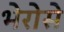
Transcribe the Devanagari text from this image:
भेरोसे